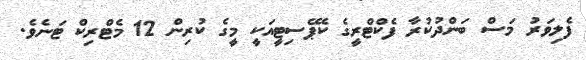
ފެލިވަރު މަސް ބަންދުކުރާ ފެކްޓްރީގެ ކެޕޭސިޓީއަކީ މީގެ ކުރިން 12 މެޓްރިކް ޓަނެވެ.